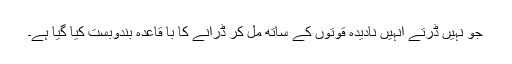
جو نہیں ڈرتے انہیں نادیدہ قوتوں کے ساتھ مل کر ڈرانے کا با قاعدہ بندوبست کیا گیا ہے۔